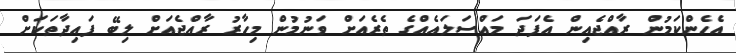
އެހެންކަމުން ރާއްޖެއިން އެފަދަ މައްސަލައެއްގެ ތެރެއަށް ވަނުމުން މިހާރު ރާއްޖެއަށް ލިބޭ ފައިދާތަކަށް